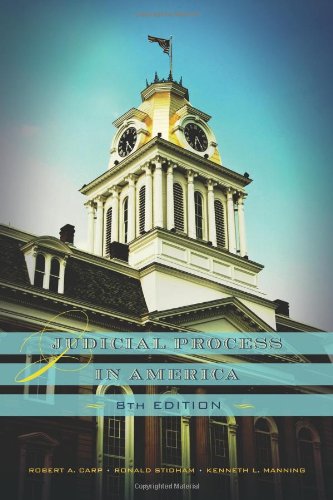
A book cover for Judicial Process in America; Robert A. Carp; Law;